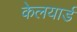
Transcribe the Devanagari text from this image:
केलयार्ड